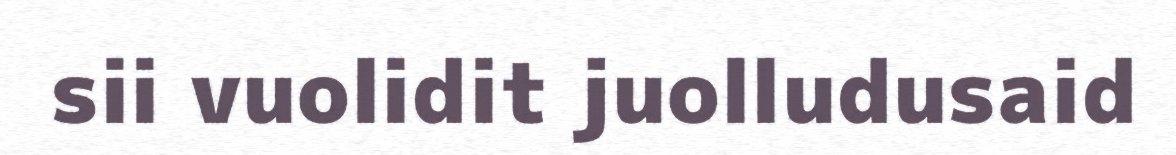
sii vuolidit juolludusaid